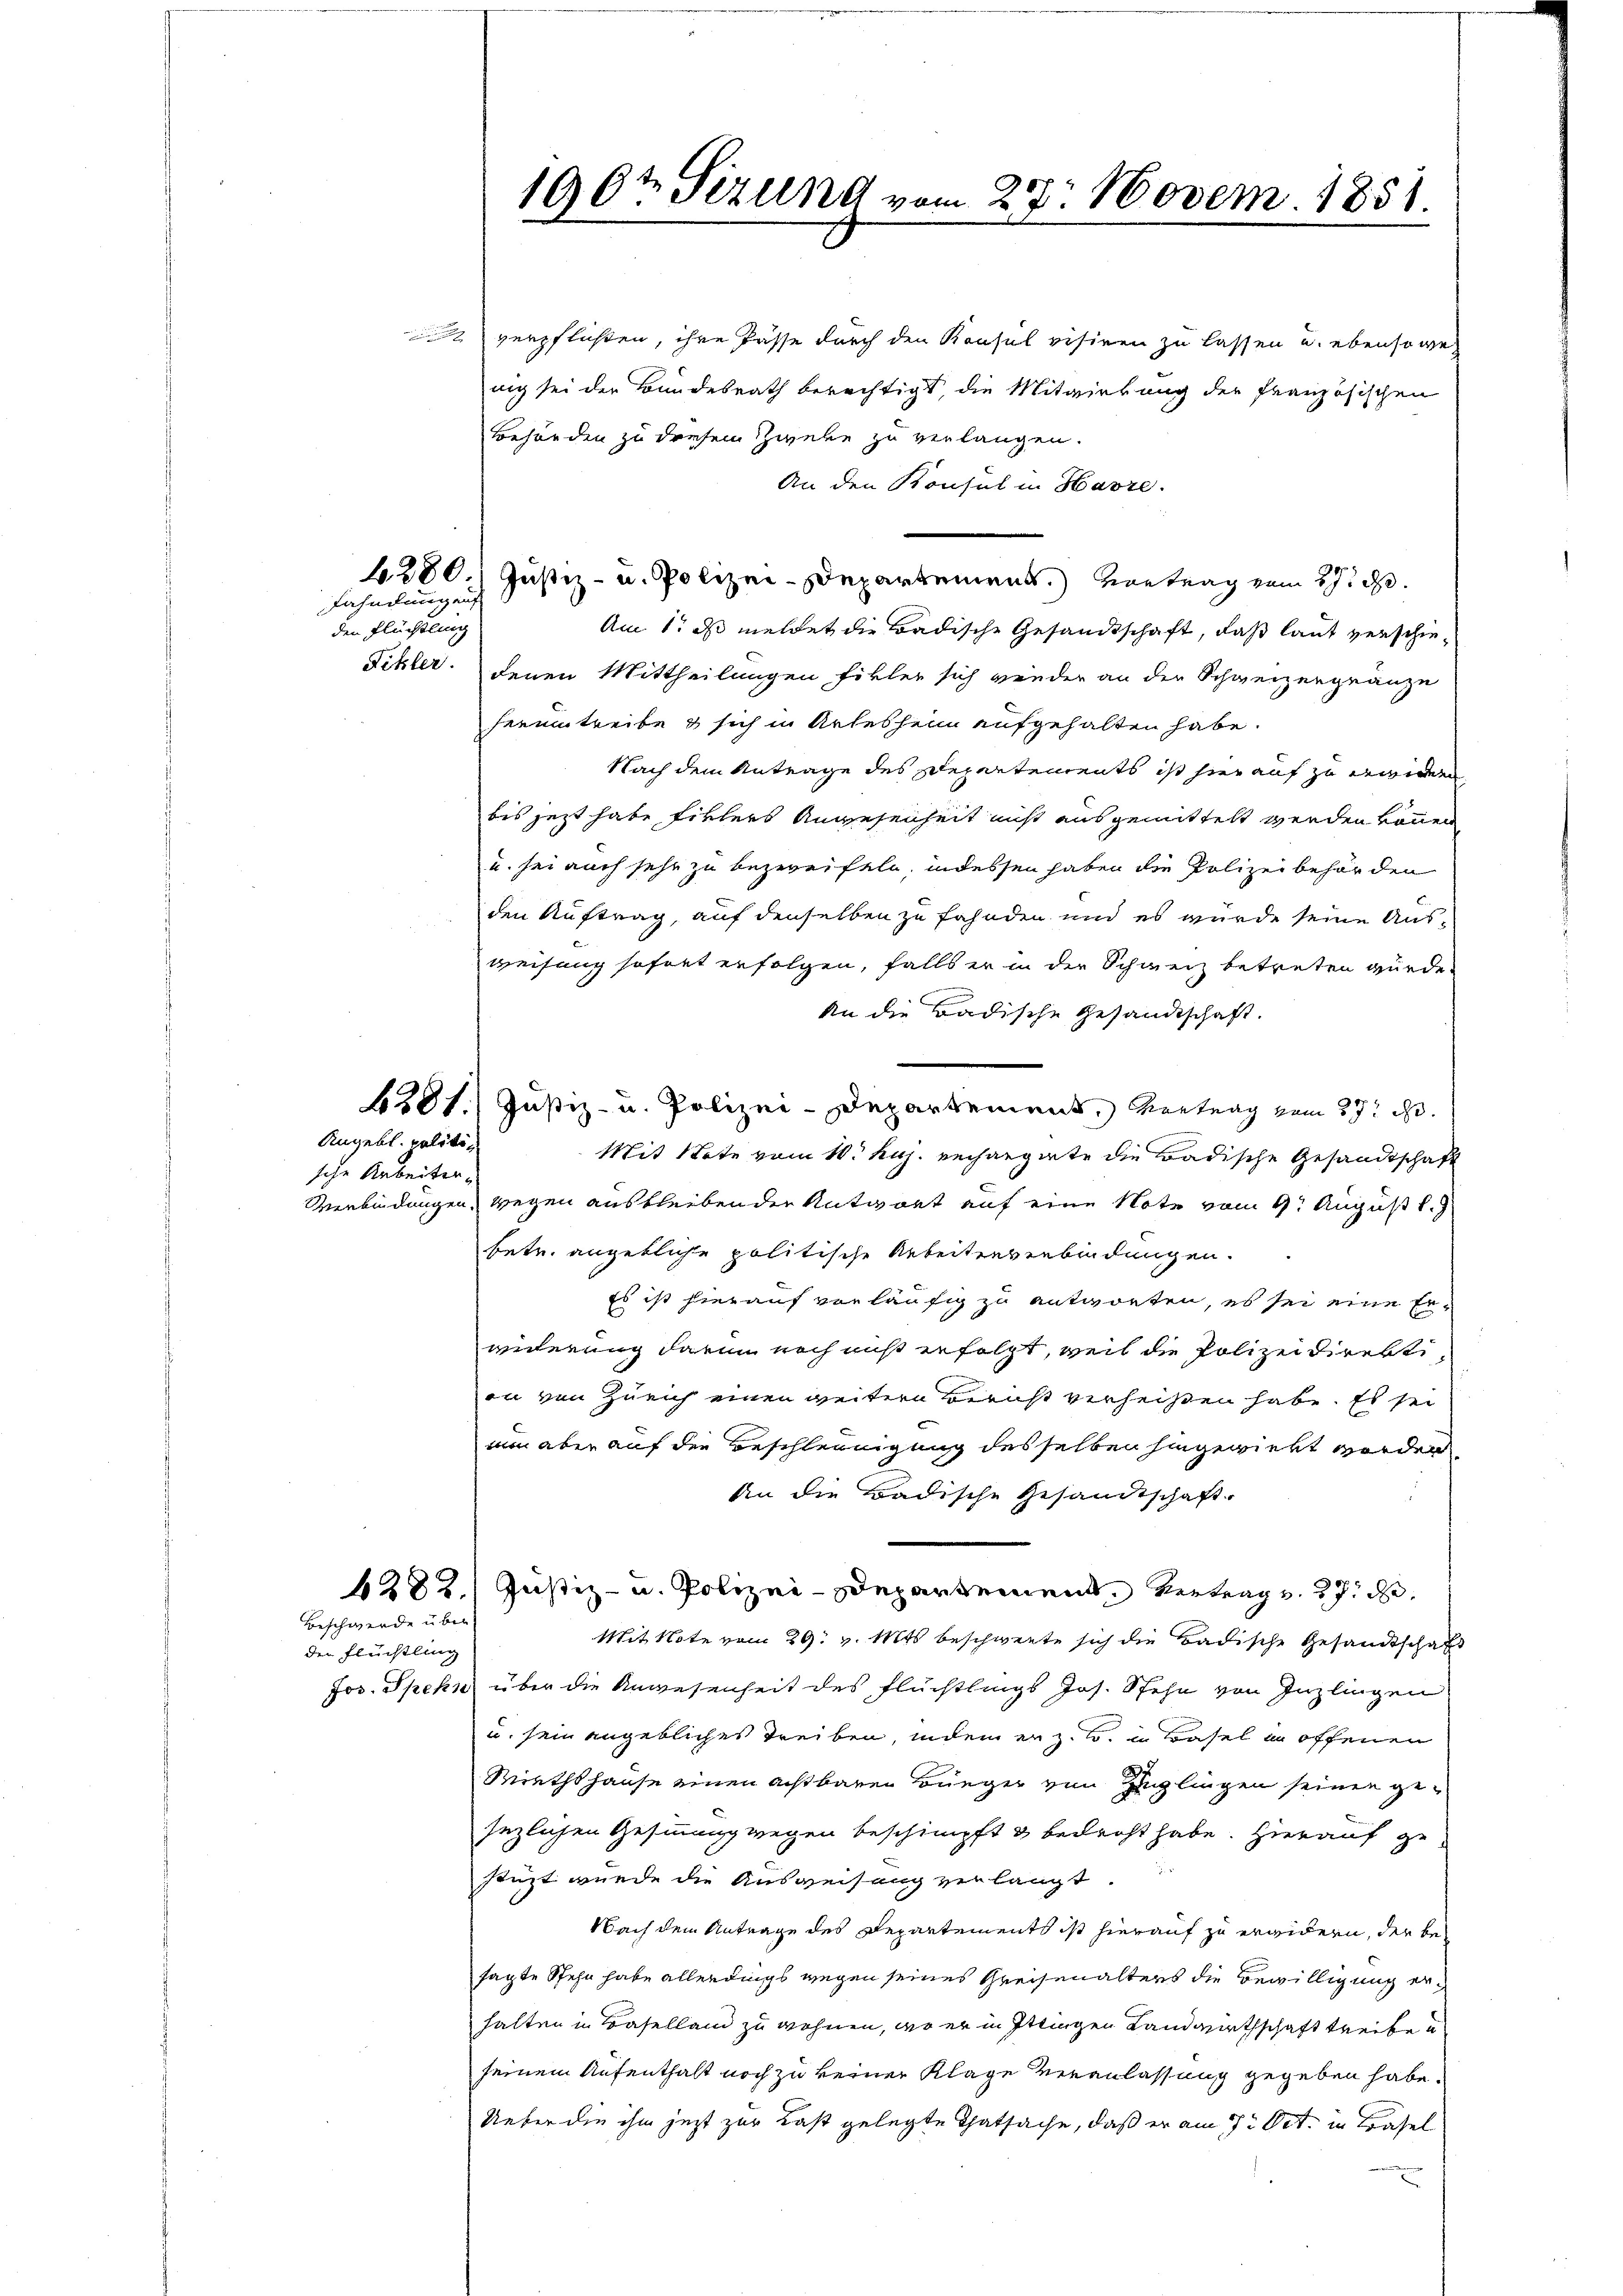
Fahndungeng

den Flüchtling

sche Arbeiter

Angebl. politi¬

Beschwerde über
der Flüchtling

verpflichten, ihre Pässe durch den Konsul visiren zu lassen u. ebensowe
noch sei der Bundesrath berechtigt, die Mitwirkung der französischen
Behörden zu diesem Zweke zu verlangen.
An den Konsul in Havre.
1280. Justiz- u. Polizei-Departement.) Vortrag zum 3. d.
Am 1. ds meldet die Badische Gesandtschaft, daß laut verschie¬
Fikler. Denen Mittheilungen fikler sich wieder an der Schweizergränze
herumtreibe & sich in Arlesheim aufgehalten habe.
Nach dem Antrage des Departements ist hierauf zu erwidern
bis jetzt habe Eiklers Angesenheit nicht ausgemittelt werden können
u. sei auch sehe zu bezweifeln, indessen haben die Polizei behörden
den Auftrag, auf denselben zu fahnden und es wurde seine Ausweisung sofort erfolgen, falls er in der Schweiz betreten wurde,
An die Badische Gesandtschaft.
6301. Justiz- u. Polizei-Departement, Vertrag vom 27. d.
Mit Stote vom 10. huj. erhaegerte die Badische Gesandtschaft
Verbindungen, wegen ausbleibenden Antwort auf eine Note vom 9. August l.
betr. angebliche politische Arbeitenverbindungen.
Es ist hierauf vorläufig zu antworten, es sei eine Erwicherung darin noch nicht erfolgt, weil die Polizeidirektion von Zürich einen weitere Bericht verheißen habe. Es sei
um aber auf die Beschleunigung desselben hingewirkt worden
An die Badische Gesandtschaft
6282. Justiz- u. Polizei-Departement Vertrag v. 27. d.
Mit Note vom 29. v. Mts. beschwerte sich die Badische Gesandtschaft
Jos. Spekn über die Anwesenheit des Flüchtlings Jos. Stehn von Inzlingen
und sein angebliches Treiben, indem er zu u. in Basel in offenen
)
Miethshause einen achtbaren Bürger von Zuglingen seiner gesezlichen Gesinnung wegen beschimpft & bedroht habe. Hierauf zu
stüzt wurde die Ausweisung verlangt.
Nach dem Antrage des Departements ist hierauf zu erwidern, der besagte Stehn habe allerdings wegen seines Kreisenalters die Bewilligung erhalten in Baselland zu wohnen, wo er in Ittingen Landwirthschaft treibe u
seinem Aufenthalt noch zu keiner Klage veranlassung gegeben habe.
Ueber die ihm jezt zur Last gelegte Thatsache, daß er am 7. Oct. in Basel

1907 Sizung vom 27. Novem. 1851.